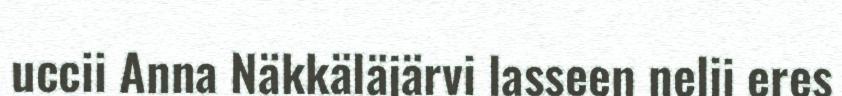
uccii Anna Näkkäläjärvi lasseen nelji eres